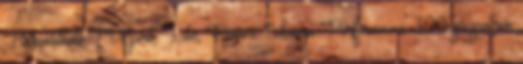
Használható F'1 Spirit, Lite, Power. Coleman Performance 300 gázpatron